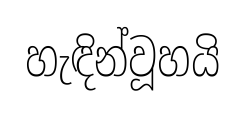
හැඳින්වූහයි